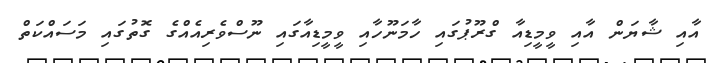
އާއި ޝާޔަން އާއި ވީމީޑިއާ ގްރޫޕުގައި ހާމަނޫހާއި ވީމީޑިއާގައި ނޫސްވެރިއެއްގެ ގޮތުގައި މަސައްކަތް